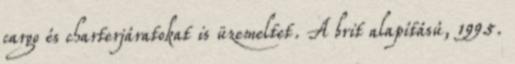
cargo és charterjáratokat is üzemeltet. A brit alapítású, 1995.